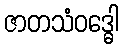
ဇာတသံဝဒ္ဓေါ